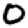
Digit: 0